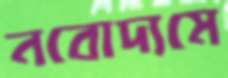
নবোদ্যমে